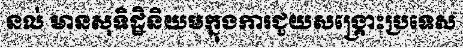
នល់ មានសុទិដ្ឋិនិយមក្នុងការជួយសង្គ្រោះប្រទេស